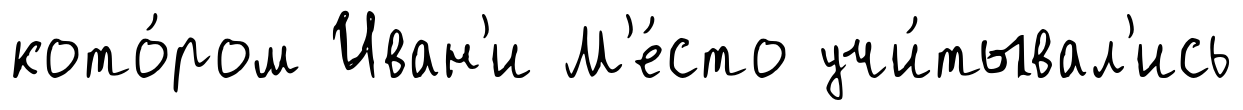
кото́ром Иван'и М'е́сто учи́тывал'ись